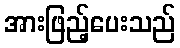
အားဖြည့်ပေးသည်